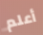
أعلم